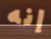
إنه